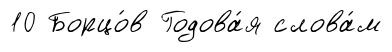
10 Борцо́в Годова́я слова́м